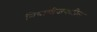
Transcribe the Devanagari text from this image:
मियागीजवळील